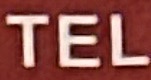
TEL